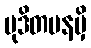
မုဒိတမနမှိ